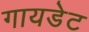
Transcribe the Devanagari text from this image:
गायडेट